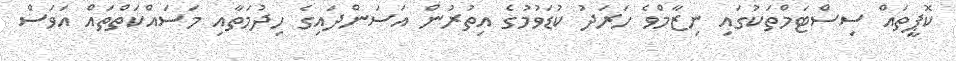
ކޮޕީތައް ސިސްޓަމްތަކުގައި ނިޒާމްވެ ހަރަދު ކުޑަވުމުގެ އިތުރުން އަސަންދައިގެ ހިދުމަތާއި މަސައްކަތްތައް އަވަސް